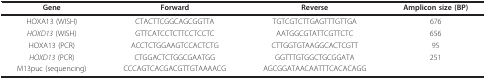
| Gene | Forward | Reverse | Amplicon size (BP) |
 | --- | --- | --- | --- |
 | HOXA13 (WISH) | CTACTTCGGCAGCGGTTA | TGTCGTCTTGAGTTTGTTGA | 676 |
 | HOXD13 (WISH) | GTTCATCCTCTTCCTCCTC | AATGGCGTATTCGTTCTC | 656 |
 | HOXA13 (PCR) | ACCTCTGGAAGTCCACTCTG | CTTGGTGTAAGGCACTCGTT | 95 |
 | HOXD13 (PCR) | CTGGACTCTGGCGAATGG | GGTTTGTGGCTGCGGATA | 251 |
 | M13puc (sequencing) | CCCAGTCACGACGTTGTAAAACG | AGCGGATAACAATTTCACACAGG |  |